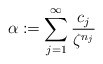
\begin{align*} \alpha:= \sum_{j=1}^{\infty} \frac{c_{j}}{\zeta^{n_{j}}}\end{align*}